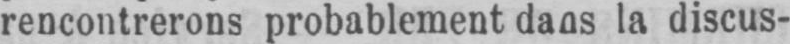
rencontrerons probablement dans la discus-